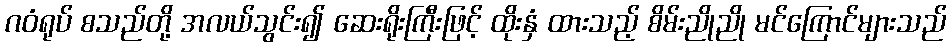
ဂဝံရုပ် စသည်တို့ အလယ်သွင်း၍ ဆေးရိုးကြီးဖြင့် ထိုးနှံ ထားသည့် စိမ်းညိုညို မင်ကြောင်များသည်